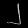
Digit: ၂